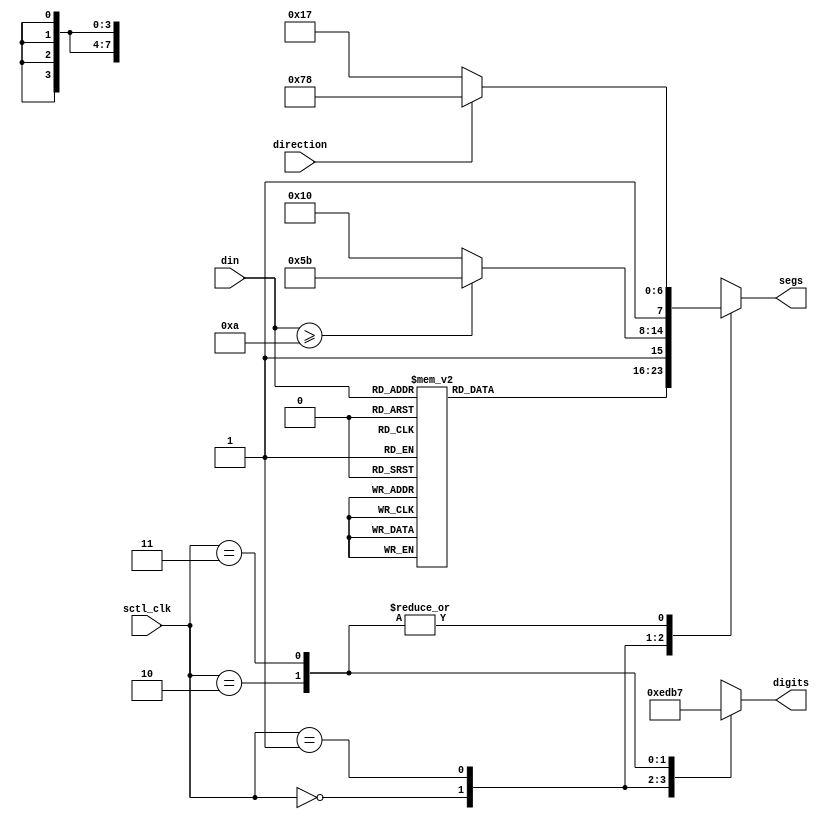
`timescale 1ns / 1ps

module seven_segs (din, direction, sctl_clk, segs, digits);
input [3:0] din;
input direction;
input [1:0] sctl_clk;
output [7:0] segs;
output [3:0] digits;
reg [3:0] digits;
reg [7:0] dout0, dout1, dout2, dout3;
reg [7:0] segs;

always @(*) begin
    case(din)
        4'd0 : dout0 = 8'b10010000;
        4'd1 : dout0 = 8'b11011011;
        4'd2 : dout0 = 8'b10001100;
        4'd3 : dout0 = 8'b10001001;
        4'd4 : dout0 = 8'b11000011;
        4'd5 : dout0 = 8'b10100001;
        4'd6 : dout0 = 8'b10100000;
        4'd7 : dout0 = 8'b10010011;
        4'd8 : dout0 = 8'b10000000;
        4'd9 : dout0 = 8'b10000001;
        4'd10 : dout0 = 8'b10010000;
        4'd11 : dout0 = 8'b11011011;
        4'd12 : dout0 = 8'b10001100;
        4'd13 : dout0 = 8'b10001001;
        4'd14 : dout0 = 8'b11000011;
        4'd15 : dout0 = 8'b10100001;
        default : dout0 = 8'b10010000;
    endcase
end
always @(*) begin
    if(din >= 4'd10)
        dout1 = 8'b11011011;
    else
        dout1 = 8'b10010000;
end

always @(*) begin
    if(direction == 1'b1) begin
        dout2 = 8'b11111000;
        dout3 = 8'b11111000;
    end else begin
        dout2 = 8'b10010111;
        dout3 = 8'b10010111;
    end
end

always@(*) begin
    case(sctl_clk)
        2'd0 : segs = dout0; 
        2'd1 : segs = dout1; 
        2'd2 : segs = dout2; 
        2'd3 : segs = dout3; 
        default : segs = 8'b0;
    endcase
end

always @(*) begin
    case(sctl_clk)
        2'd0 :  digits = 4'b1110;
        2'd1 :  digits = 4'b1101;
        2'd2 :  digits = 4'b1011;
        2'd3 :  digits = 4'b0111;
        default : digits = 4'b0000;
    endcase
end

endmodule